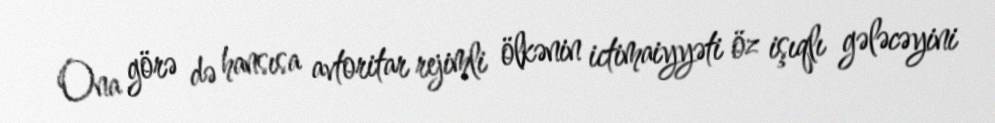
Ona görə də hansısa avtoritar rejimli ölkənin ictimaiyyəti öz işıqlı gələcəyini